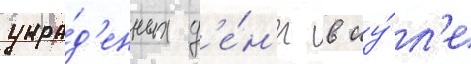
укра́д'енных д'е́н'ег в иу́л'е